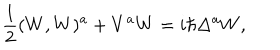
LaTeX: \frac { 1 } { 2 } ( W , W ) ^ { a } + V ^ { a } W = i \hbar \Delta ^ { a } W ,